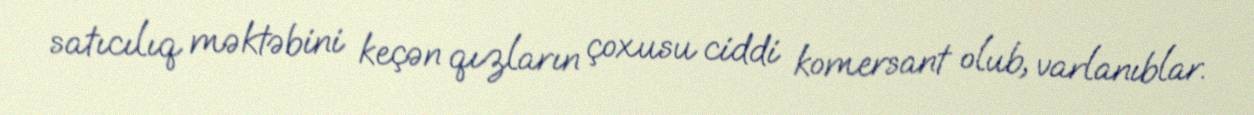
satıcılıq məktəbini keçən qızların çoxusu ciddi komersant olub, varlanıblar.